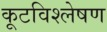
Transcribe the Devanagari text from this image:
कूटविश्लेषण